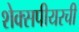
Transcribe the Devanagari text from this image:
शेक्सपीयरची